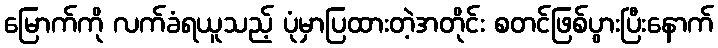
မြောက်ကို လက်ခံရယူသည့် ပုံမှာပြထားတဲ့အတိုင်း စတင်ဖြစ်ပွားပြီးနောက်